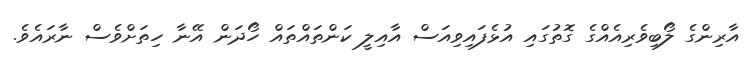
އާރިންގެ ލޯބިވެރިއެއްގެ ގޮތުގައި އުޅެފައިވިއަސް އާއިލީ ކަންތައްތައް ހޯދަން އޭނާ ހިތަށްވެސް ނާރައެވެ.